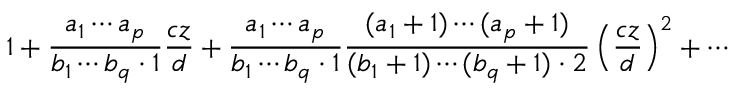
1 + { \frac { a _ { 1 } \cdots a _ { p } } { b _ { 1 } \cdots b _ { q } \cdot 1 } } { \frac { c z } { d } } + { \frac { a _ { 1 } \cdots a _ { p } } { b _ { 1 } \cdots b _ { q } \cdot 1 } } { \frac { ( a _ { 1 } + 1 ) \cdots ( a _ { p } + 1 ) } { ( b _ { 1 } + 1 ) \cdots ( b _ { q } + 1 ) \cdot 2 } } \left( { \frac { c z } { d } } \right) ^ { 2 } + \cdots